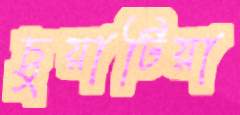
চুয়াটিয়া